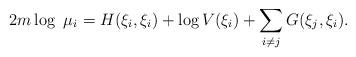
LaTeX: \begin{align*}2m\log\ \mu_{i}=H(\xi_{i},\xi_{i})+\log V(\xi_{i})+\sum_{i\neq j}G(\xi_{j},\xi_{i}).\end{align*}